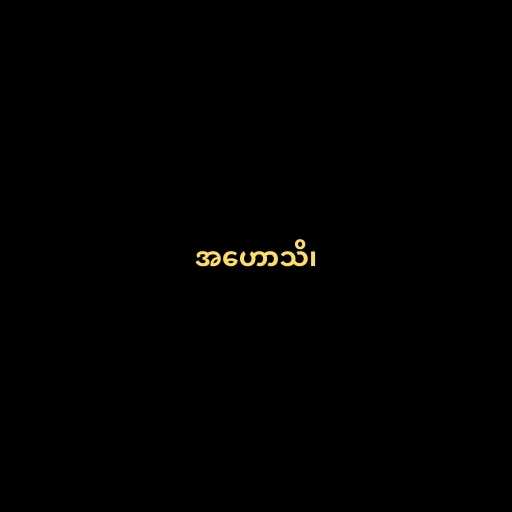
အဟောသိ၊